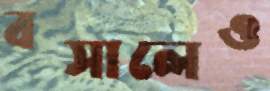
বসালেও